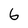
Character: 6